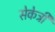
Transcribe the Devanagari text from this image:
सेकेट्री